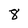
Character: 8